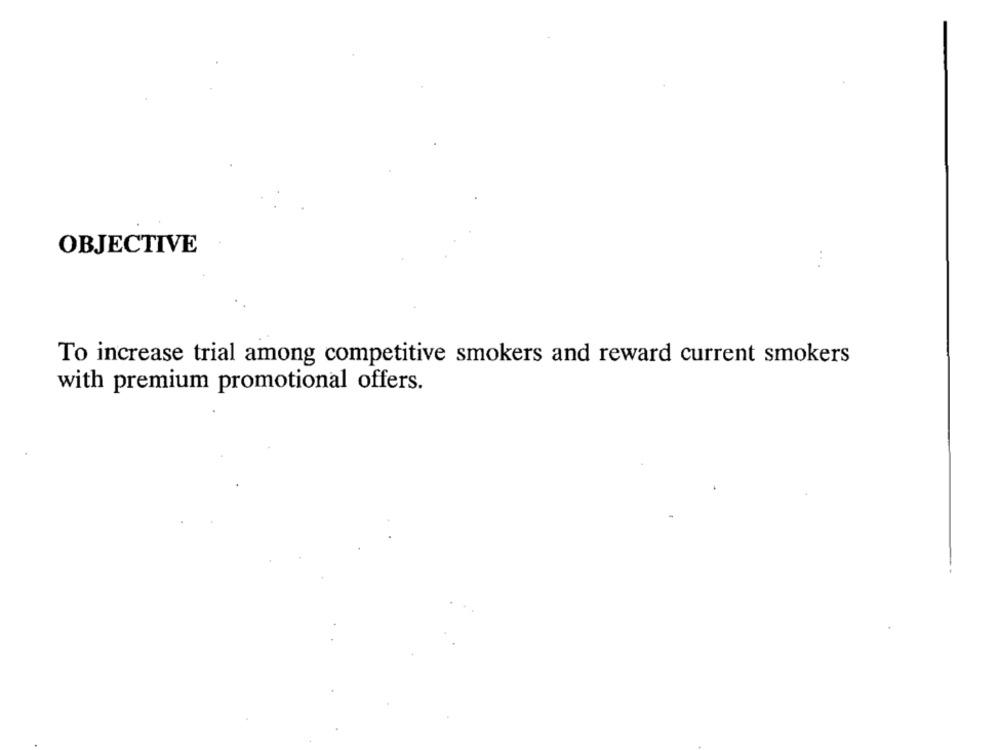
OBJECTIVE
:
To increase trial among competitive smokers and reward current smokers
with premium promotional offers.